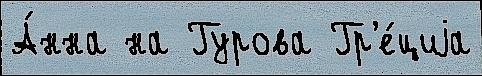
А́нна на Гурова Гр'е́циjа